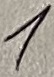
Text: 1